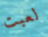
لعبت